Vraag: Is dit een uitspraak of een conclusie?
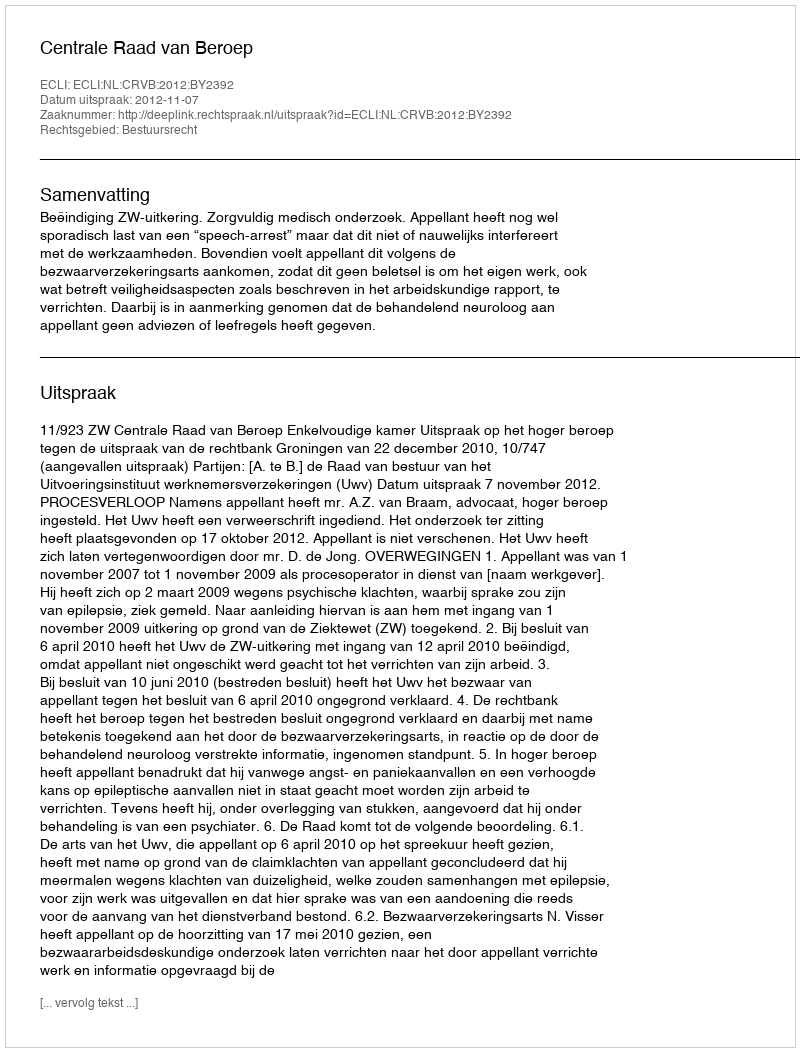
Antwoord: Uitspraak